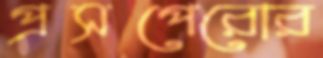
প্রসপেরোর